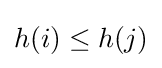
h(i)\leq h(j)